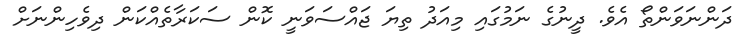
ދަންނަވަންތޯ އެވެ. ދީނުގެ ނަމުގައި މިއަދު ތިޔަ ޖައްސަވަނީ ކޮން ސަކަރާތެއްކަން ދިވެހިންނަށް